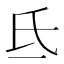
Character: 氐